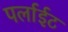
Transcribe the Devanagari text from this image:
पर्लाईट